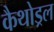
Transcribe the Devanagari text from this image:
कैथोड्रल